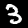
Label: 3